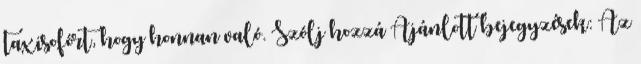
taxisofőrt, hogy honnan való. Szólj hozzá Ajánlott bejegyzések: Az